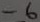
Text: -6